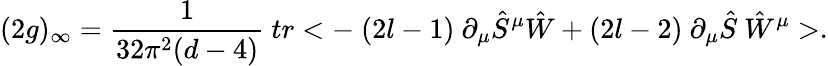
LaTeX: (2g)_{\infty}=\frac{1}{32\pi^{2}(d-4)}\ tr<-\ (2l-1)\ \partial_{\mu}\hat{S}^{\mu}\hat{W}+(2l-2)\ \partial_{\mu}\hat{S}\ \hat{W}^{\mu}>.